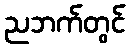
ညဘက်တွင်